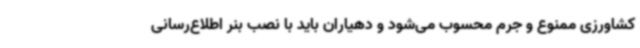
کشاورزی ممنوع و جرم محسوب می‌شود و دهیاران باید با نصب بنر اطلاع‌رسانی